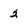
Character: 2